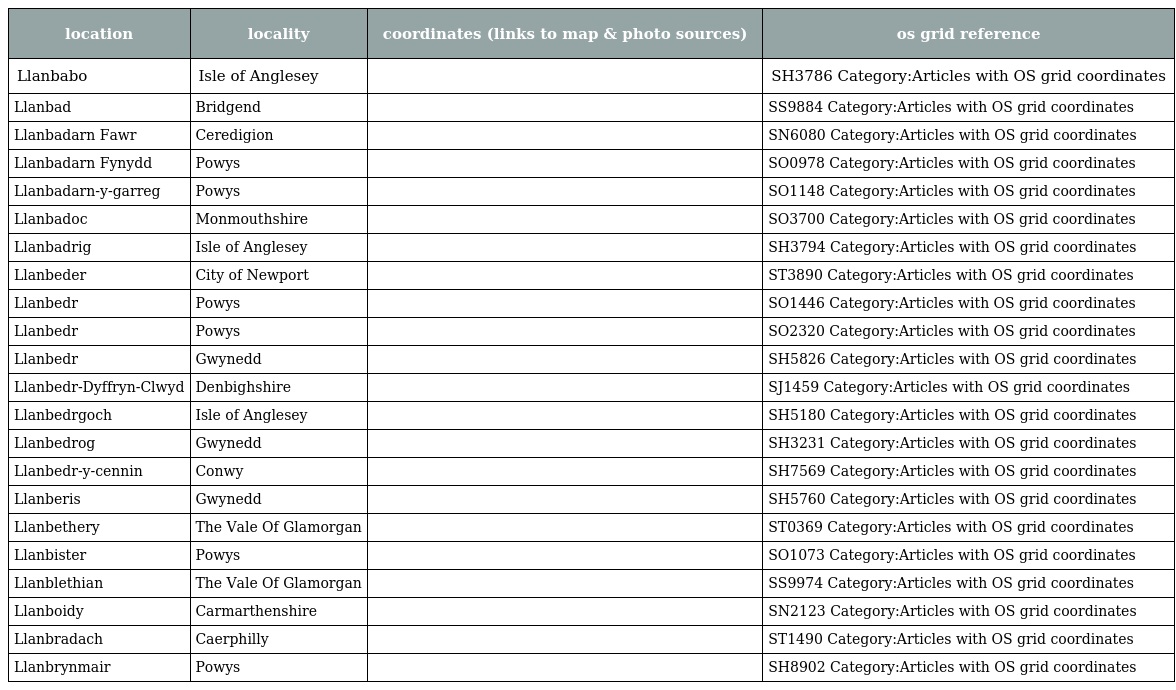
| location | locality | coordinates (links to map & photo sources) | os grid reference |
 | --- | --- | --- | --- |
 | Llanbabo | Isle of Anglesey |  | SH3786 Category:Articles with OS grid coordinates |
 | Llanbad | Bridgend |  | SS9884 Category:Articles with OS grid coordinates |
 | Llanbadarn Fawr | Ceredigion |  | SN6080 Category:Articles with OS grid coordinates |
 | Llanbadarn Fynydd | Powys |  | SO0978 Category:Articles with OS grid coordinates |
 | Llanbadarn-y-garreg | Powys |  | SO1148 Category:Articles with OS grid coordinates |
 | Llanbadoc | Monmouthshire |  | SO3700 Category:Articles with OS grid coordinates |
 | Llanbadrig | Isle of Anglesey |  | SH3794 Category:Articles with OS grid coordinates |
 | Llanbeder | City of Newport |  | ST3890 Category:Articles with OS grid coordinates |
 | Llanbedr | Powys |  | SO1446 Category:Articles with OS grid coordinates |
 | Llanbedr | Powys |  | SO2320 Category:Articles with OS grid coordinates |
 | Llanbedr | Gwynedd |  | SH5826 Category:Articles with OS grid coordinates |
 | Llanbedr-Dyffryn-Clwyd | Denbighshire |  | SJ1459 Category:Articles with OS grid coordinates |
 | Llanbedrgoch | Isle of Anglesey |  | SH5180 Category:Articles with OS grid coordinates |
 | Llanbedrog | Gwynedd |  | SH3231 Category:Articles with OS grid coordinates |
 | Llanbedr-y-cennin | Conwy |  | SH7569 Category:Articles with OS grid coordinates |
 | Llanberis | Gwynedd |  | SH5760 Category:Articles with OS grid coordinates |
 | Llanbethery | The Vale Of Glamorgan |  | ST0369 Category:Articles with OS grid coordinates |
 | Llanbister | Powys |  | SO1073 Category:Articles with OS grid coordinates |
 | Llanblethian | The Vale Of Glamorgan |  | SS9974 Category:Articles with OS grid coordinates |
 | Llanboidy | Carmarthenshire |  | SN2123 Category:Articles with OS grid coordinates |
 | Llanbradach | Caerphilly |  | ST1490 Category:Articles with OS grid coordinates |
 | Llanbrynmair | Powys |  | SH8902 Category:Articles with OS grid coordinates |